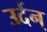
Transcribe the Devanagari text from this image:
उर्दन्